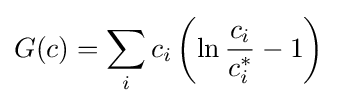
G(c)=\sum _{i}c_{i}\left(\ln {\frac {c_{i}}{c_{i}^{*}}}-1\right)